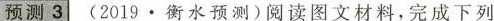
预测 3 (2019.衡水预测)阅读图文材料，完成下列